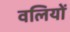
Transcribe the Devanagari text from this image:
वलियों